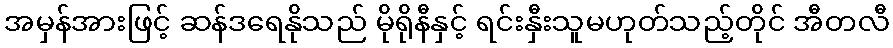
အမှန်အားဖြင့် ဆန်ဒရေနိုသည် မိုရိုနီနှင့် ရင်းနှီးသူမဟုတ်သည့်တိုင် အီတလီ